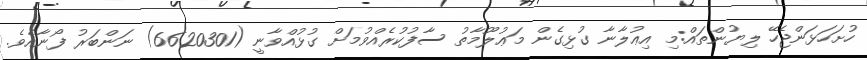
ހުށަހަޅަންޖެހޭ ލިޔުންތައް:މި އިޢުލާނާ ގުޅިގެން މަޢުލޫމާތު ސާފުކުރެއްވުމަށް ގުޅުއްވާނީ (6620301) ނަންބަރު ފޯނާއެވެ.